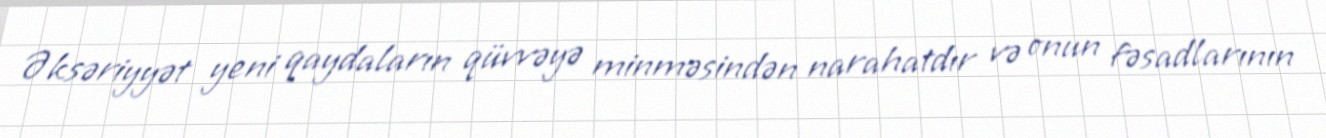
Əksəriyyət yeni qaydaların qüvvəyə minməsindən narahatdır və onun fəsadlarının